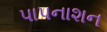
પાપનાશન